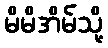
မိမိအိမ်သို့